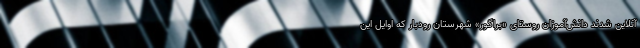
آنلاین شدند دانش‌آموزان روستای «براگور» شهرستان رودبار که اوایل این